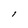
Character: l